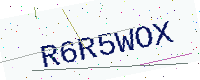
Text: R6R5WOX